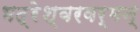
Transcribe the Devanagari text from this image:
भद्रेश्वरवर्मन्